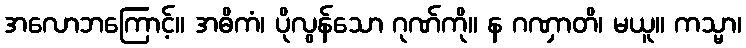
အလောဘကြောင့်။ အဓိကံ၊ ပိုလွန်သော ဂုဏ်ကို။ န ဂဏှာတိ၊ မယူ။ ကသ္မာ၊